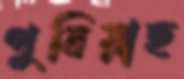
পুষিয়াছ